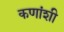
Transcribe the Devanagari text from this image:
कणांशी